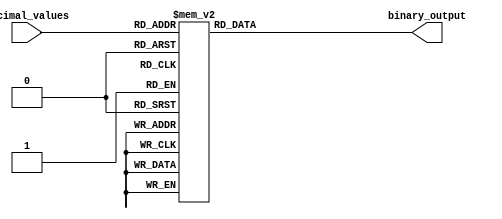
module DecimalPriorityEncoder (
    input [3:0] decimal_values,
    output reg [3:0] binary_output
);

always @(*) begin
    case(decimal_values)
        10'd9: binary_output = 4'b1001; // Decimal value 9
        10'd8: binary_output = 4'b1000; // Decimal value 8
        10'd7: binary_output = 4'b0111; // Decimal value 7
        10'd6: binary_output = 4'b0110; // Decimal value 6
        10'd5: binary_output = 4'b0101; // Decimal value 5
        10'd4: binary_output = 4'b0100; // Decimal value 4
        10'd3: binary_output = 4'b0011; // Decimal value 3
        10'd2: binary_output = 4'b0010; // Decimal value 2
        10'd1: binary_output = 4'b0001; // Decimal value 1
        10'd0: binary_output = 4'b0000; // Decimal value 0
        default: binary_output = 4'b0000; // Default output for invalid input
    endcase
end

endmodule